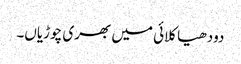
دودھیا کلائی میں بھری چوڑیاں۔